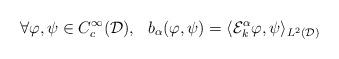
LaTeX: \begin{align*}\forall \varphi,\psi \in C_c^{\infty}(\mathcal{D}), \ \ b_{\alpha}(\varphi,\psi) = \langle \mathcal{E}_k^{\alpha}\varphi,\psi\rangle_{L^2(\mathcal{D})}\end{align*}